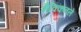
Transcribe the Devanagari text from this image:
मैक्किनले